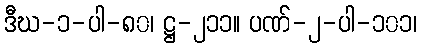
ဒီဃ-၁-ပါ-၈၀၊ ဋ္ဌ-၂၁၁။ ပဏ်-၂-ပါ-၁၀၁၊